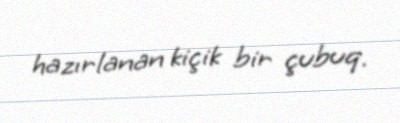
hazırlanan kiçik bir çubuq.